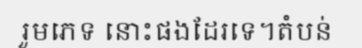
រួមភេទ នោះផងដែរទេ។តំបន់